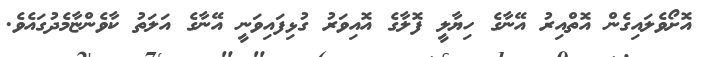
އޮށޯވެލައިގެން އޮތްއިރު އޭނާގެ ހިޔާލީ ފޮލާގެ އޮއިވަރު ގުޅިފައިވަނީ އޭނާގެ އަލަތު ކާވެންޏާމެދުގައެވެ.